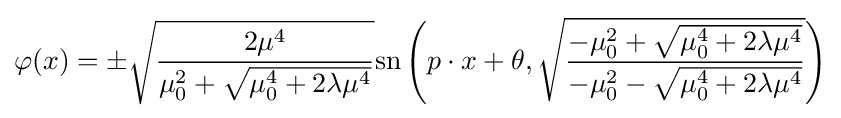
\varphi (x)=\pm {\sqrt {\frac {2\mu ^{4}}{\mu _{0}^{2}+{\sqrt {\mu _{0}^{4}+2\lambda \mu ^{4}}}}}}{\rm {sn}}\left(p\cdot x+\theta ,{\sqrt {\frac {-\mu _{0}^{2}+{\sqrt {\mu _{0}^{4}+2\lambda \mu ^{4}}}}{-\mu _{0}^{2}-{\sqrt {\mu _{0}^{4}+2\lambda \mu ^{4}}}}}}\right)